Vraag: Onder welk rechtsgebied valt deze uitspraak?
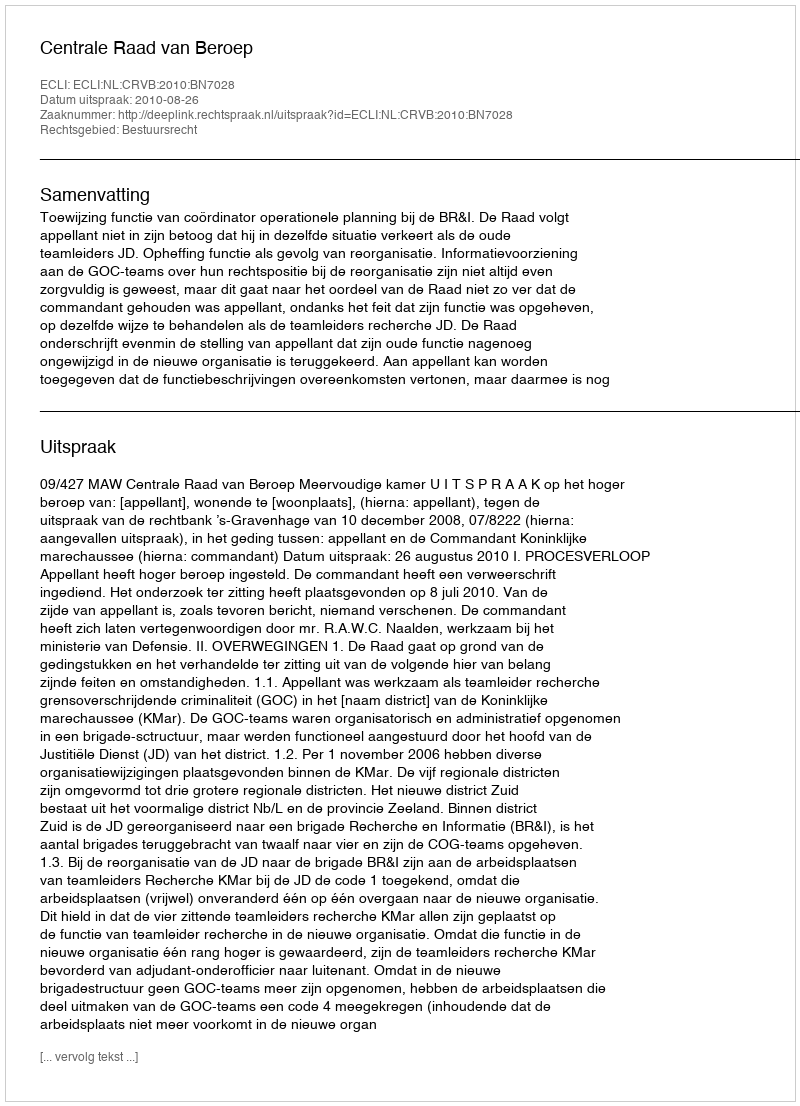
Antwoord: Bestuursrecht